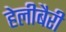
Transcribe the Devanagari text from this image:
हेलीबैरी